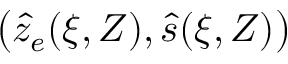
\big ( \hat { z } _ { e } ( \xi , Z ) , \hat { s } ( \xi , Z ) \big )